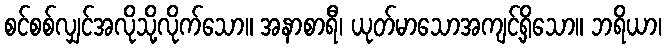
စင်စစ်လျှင်အလိုသို့လိုက်သော။ အနာစာရီ၊ ယုတ်မာသောအကျင့်ရှိသော။ ဘရိယာ၊